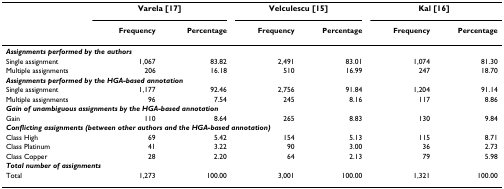
<table><thead><tr><td></td><td colspan="2"><b>Varela [17]</b></td><td colspan="2"><b>Velculescu [15]</b></td><td colspan="2"><b>Kal [16]</b></td></tr><tr><td></td><td><b>Frequency</b></td><td><b>Percentage</b></td><td><b>Frequency</b></td><td><b>Percentage</b></td><td><b>Frequency</b></td><td><b>Percentage</b></td></tr></thead><tbody><tr><td colspan="7"><b><i>Assignments performed by the authors</i></b></td></tr><tr><td>Single assignment</td><td>1,067</td><td>83.82</td><td>2,491</td><td>83.01</td><td>1,074</td><td>81.30</td></tr><tr><td>Multiple assignments</td><td>206</td><td>16.18</td><td>510</td><td>16.99</td><td>247</td><td>18.70</td></tr><tr><td colspan="7"><b><i>Assignments performed by the HGA-based annotation</i></b></td></tr><tr><td>Single assignment</td><td>1,177</td><td>92.46</td><td>2,756</td><td>91.84</td><td>1,204</td><td>91.14</td></tr><tr><td>Multiple assignments</td><td>96</td><td>7.54</td><td>245</td><td>8.16</td><td>117</td><td>8.86</td></tr><tr><td colspan="7"><b><i>Gain of unambiguous assignments by the HGA-based annotation</i></b></td></tr><tr><td>Gain</td><td>110</td><td>8.64</td><td>265</td><td>8.83</td><td>130</td><td>9.84</td></tr><tr><td colspan="7"><b><i>Conflicting assignments (between other authors and the HGA-based annotation)</i></b></td></tr><tr><td>Class High</td><td>69</td><td>5.42</td><td>154</td><td>5.13</td><td>115</td><td>8.71</td></tr><tr><td>Class Platinum</td><td>41</td><td>3.22</td><td>90</td><td>3.00</td><td>36</td><td>2.73</td></tr><tr><td>Class Copper</td><td>28</td><td>2.20</td><td>64</td><td>2.13</td><td>79</td><td>5.98</td></tr><tr><td colspan="7"><b><i>Total number of assignments</i></b></td></tr><tr><td>Total</td><td>1,273</td><td>100.00</td><td>3,001</td><td>100.00</td><td>1,321</td><td>100.00</td></tr></tbody></table>